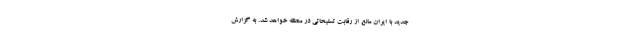
جدید با ایران مانع از رقابت تسلیحاتی در منطقه خواهد شد. به گزارش